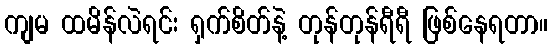
ကျမ ထမိန်လဲရင်း ရှက်စိတ်နဲ့ တုန်တုန်ရီရီ ဖြစ်နေရတာ။